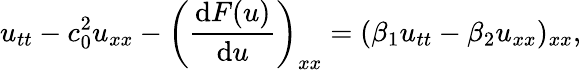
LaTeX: u_{tt}-c_{0}^{2}u_{xx}-\left(\frac{\mathrm{d}F(u)}{\mathrm{d}u}\right)_{xx}=(\beta_{1}u_{tt}-\beta_{2}u_{xx})_{xx},